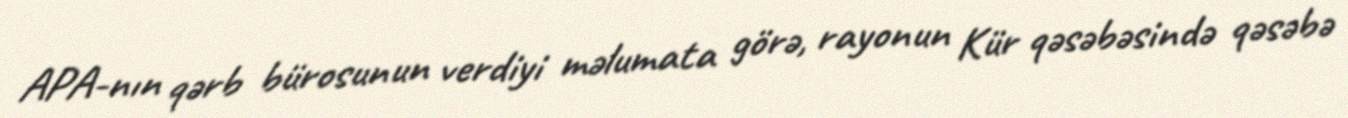
APA-nın qərb bürosunun verdiyi məlumata görə, rayonun Kür qəsəbəsində qəsəbə